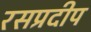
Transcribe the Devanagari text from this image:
रसप्रदीप